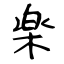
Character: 楽